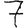
Digit: 7